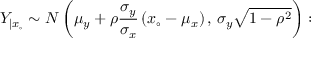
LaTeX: Y _ { | x _ { \circ } } \sim { \cal N } \left( \mu _ { y } + \rho \frac { \sigma _ { y } } { \sigma _ { x } } \left( x _ { \circ } - \mu _ { x } \right) , \, \sigma _ { y } \sqrt { 1 - \rho ^ { 2 } } \right) :